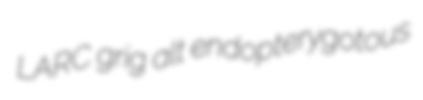
LARC grig alt endopterygotous